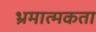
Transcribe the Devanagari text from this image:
भ्रमात्मकता